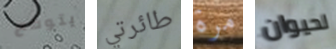
يتوقع طائرتي مرة لحيوان